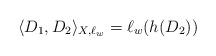
\begin{align*}\langle D_{1}, D_{2}\rangle_{X, \ell_{w}}=\ell_{w} (h(D_{2}))\end{align*}